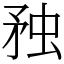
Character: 䂈